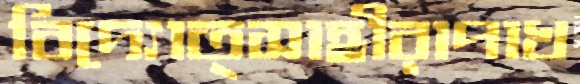
বিদ্যোত্সাহীরাপাখ